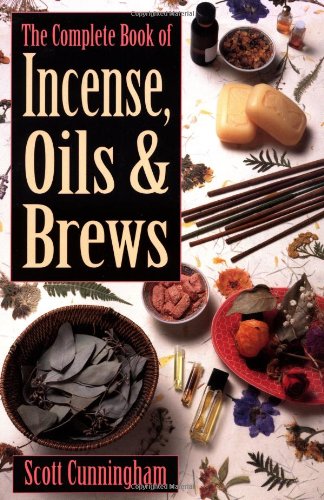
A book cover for The Complete Book of Incense, Oils and Brews (Llewellyn's Practical Magick); Scott Cunningham; Politics & Social Sciences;